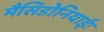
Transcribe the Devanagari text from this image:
मैसिडोनियाईः